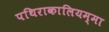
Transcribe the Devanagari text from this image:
पथिराकालियम्मा